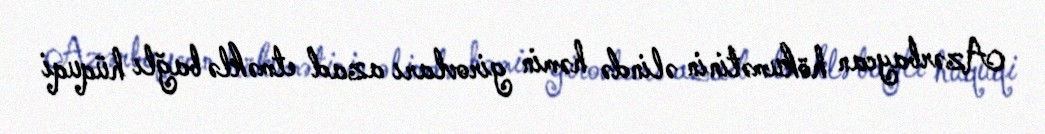
Azərbaycan hökumətinin əlində həmin girovları azad etməklə bağlı hüquqi